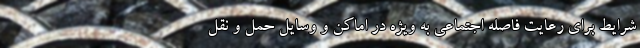
شرایط برای رعایت فاصله اجتماعی به ویژه در اماکن و وسایل حمل و نقل